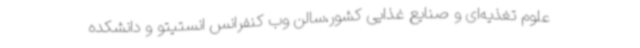
علوم تغذیه‌ای و صنایع غذایی کشور،سالن وب کنفرانس انستیتو و دانشکده